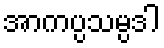
အာကပ္ပသမ္ပဒါ